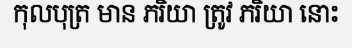
កុលបុត្រ មាន ភរិយា ត្រូវ ភរិយា នោះ